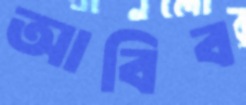
আবিব